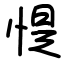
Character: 惿